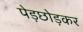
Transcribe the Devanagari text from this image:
पेड़छोड़कर